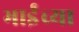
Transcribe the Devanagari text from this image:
भाईंच्या